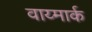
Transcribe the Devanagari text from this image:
वाय्मार्क